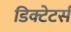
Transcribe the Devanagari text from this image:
डिक्टेटर्स